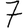
Digit: 7